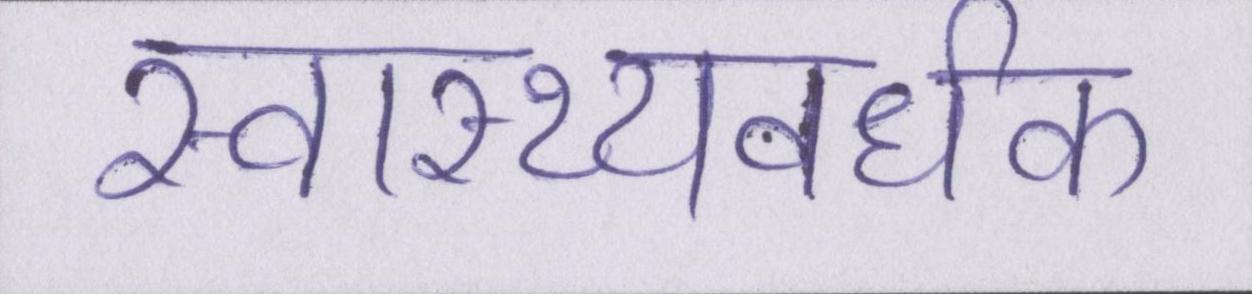
स्वास्थ्यवर्धक